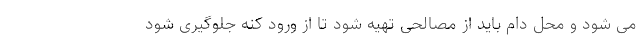
می شود و محل دام باید از مصالحی تهیه شود تا از ورود کنه جلوگیری شود